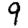
Digit: 9